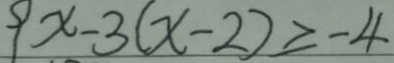
9 x - 3 ( x - 2 ) \geq - 4